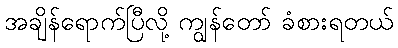
အချိန်ရောက်ပြီလို့ ကျွန်တော် ခံစားရတယ်